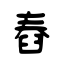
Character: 舂